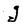
Character: j